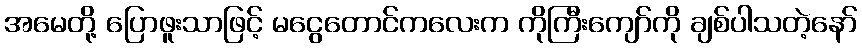
အမေတို့ ပြောဖူးသာဖြင့် မငွေတောင်ကလေးက ကိုကြီးကျော်ကို ချစ်ပါသတဲ့နော်